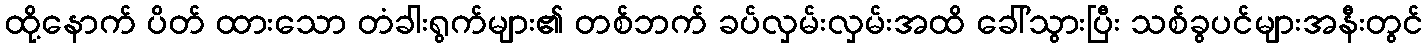
ထို့နောက် ပိတ် ထားသော တံခါးရွက်များ၏ တစ်ဘက် ခပ်လှမ်းလှမ်းအထိ ခေါ်သွားပြီး သစ်ခွပင်များအနီးတွင်